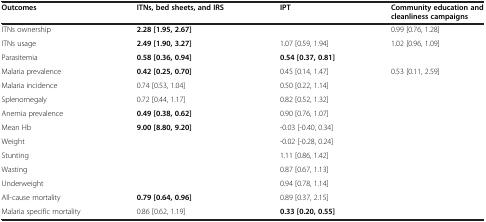
| Outcomes | ITNs, bed sheets, and IRS | IPT | Community education and cleanliness campaigns |
 | --- | --- | --- | --- |
 | ITNs ownership | 2.28 [1.95, 2.67] |  | 0.99 [0.76, 1.28] |
 | ITNs usage | 2.49 [1.90, 3.27] | 1.07 [0.59, 1.94] | 1.02 [0.96, 1.09] |
 | Parasitemia | 0.58 [0.36, 0.94] | 0.54 [0.37, 0.81] |  |
 | Malaria prevalence | 0.42 [0.25, 0.70] | 0.45 [0.14, 1.47] | 0.53 [0.11, 2.59] |
 | Malaria incidence | 0.74 [0.53, 1.04] | 0.50 [0.22, 1.14] |  |
 | Splenomegaly | 0.72 [0.44, 1.17] | 0.82 [0.52, 1.32] |  |
 | Anemia prevalence | 0.49 [0.38, 0.62] | 0.90 [0.76, 1.07] |  |
 | Mean Hb | 9.00 [8.80, 9.20] | -0.03 [-0.40, 0.34] |  |
 | Weight |  | -0.02 [-0.28, 0.24] |  |
 | Stunting |  | 1.11 [0.86, 1.42] |  |
 | Wasting |  | 0.87 [0.67, 1.13] |  |
 | Underweight |  | 0.94 [0.78, 1.14] |  |
 | All-cause mortality | 0.79 [0.64, 0.96] | 0.89 [0.37, 2.15] |  |
 | Malaria specific mortality | 0.86 [0.62, 1.19] | 0.33 [0.20, 0.55] |  |